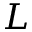
L